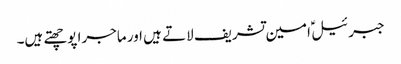
جبرئیل ؑ امین تشریف لاتے ہیں اور ماجرا پوچھتے ہیں۔